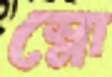
স্নো